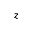
z